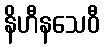
နိဟီနသေဝီ